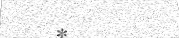
*